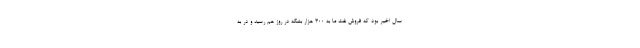
سال اخیر بود که فروش نفت ما به 300 هزار بشکه در روز هم رسید و در به